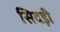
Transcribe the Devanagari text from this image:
सिदड़ी